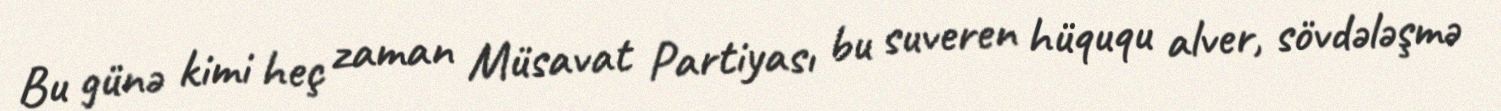
Bu günə kimi heç zaman Müsavat Partiyası bu suveren hüququ alver, sövdələşmə